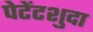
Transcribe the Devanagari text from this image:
पेटेंटशुदा